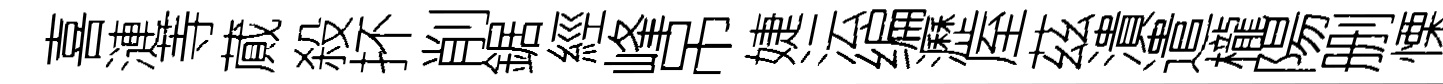
喜漣䓁蕆殺抔削鋸經峰吊婕沄编瀝厔茲潰遣櫳陽删慄